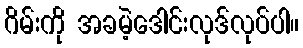
ဂိမ်းကို အခမဲ့ဒေါင်းလုဒ်လုပ်ပါ။